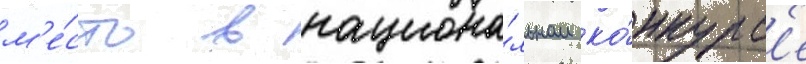
м'е́сто в национа́льном ко́нкурс'е